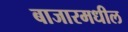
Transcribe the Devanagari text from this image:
बाजारमधील